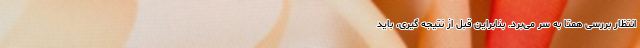
انتظار بررسی همتا به سر می‌برد. بنابراین قبل از نتیجه گیری، باید